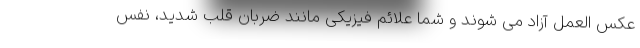
عکس العمل آزاد می شوند و شما علائم فیزیکی مانند ضربان قلب شدید، نفس